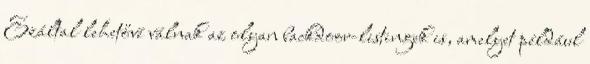
Ezáltal lehetővé válnak az olyan backdoor-listingek is, amelyet például